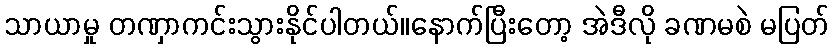
သာယာမှု တဏှာကင်းသွားနိုင်ပါတယ်။နောက်ပြီးတော့ အဲဒီလို ခဏမစဲ မပြတ်